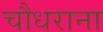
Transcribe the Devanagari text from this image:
चौधराना